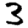
Digit: 3